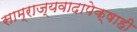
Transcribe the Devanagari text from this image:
साम्राज्यवादापेक्षाही